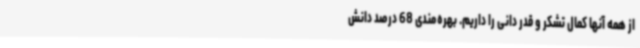
از همه آنها کمال تشکر و قدر دانی را داریم. بهره‌مندی 68 درصد دانش